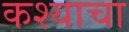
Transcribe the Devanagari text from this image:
कश्याचा